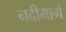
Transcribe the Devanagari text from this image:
नदीमार्ग